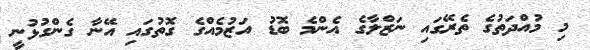
މި މުއްދަތުގެ ތެރޭގައި ނަޒްލާގެ އެންމެ ބޮޑު އަޒުމެއްގެ ގޮތުގައި އޭނާ ގެންގުޅުނީ